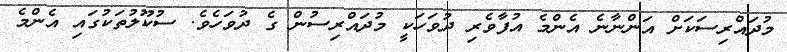
މުދައްރިސަކަށް އަންނާނެ އެންމެ އުފާވެރި ދުވަހަކީ މުދައްރިސުން ގެ ދުވަހެވެ. ސުކޫލުތަކުގައި އެންމެ